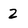
Character: 2